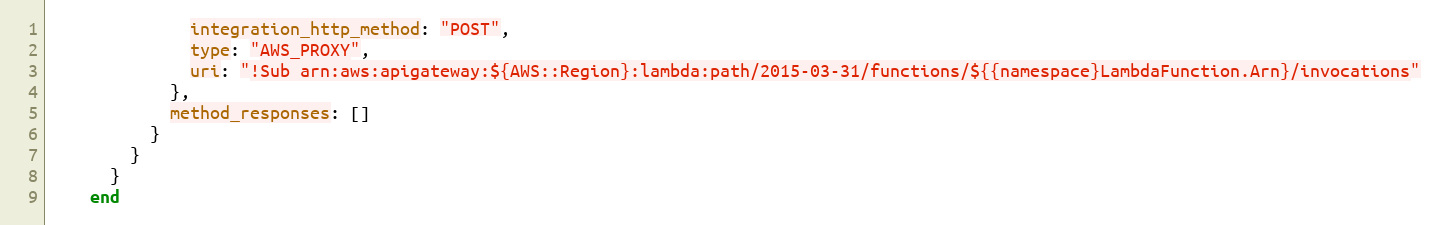
Language: Ruby
              integration_http_method: "POST",
              type: "AWS_PROXY",
              uri: "!Sub arn:aws:apigateway:${AWS::Region}:lambda:path/2015-03-31/functions/${{namespace}LambdaFunction.Arn}/invocations"
            },
            method_responses: []
          }
        }
      }
    end